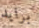
برايد